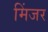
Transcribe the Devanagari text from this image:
मिंजर